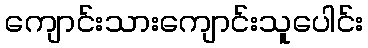
ကျောင်းသားကျောင်းသူပေါင်း